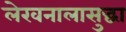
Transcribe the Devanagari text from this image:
लेखनालासुद्धा